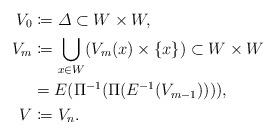
LaTeX: \begin{align*}V_{0} &\coloneqq \varDelta \subset W \times W ,\\V_{m} &\coloneqq \bigcup _{x\in W}(V_{m}(x) \times \{ x \}) \subset W \times W\\ &= E (\Pi^{-1} (\Pi(E^{-1}(V_{m-1})))),\\V &\coloneqq V_n.\end{align*}